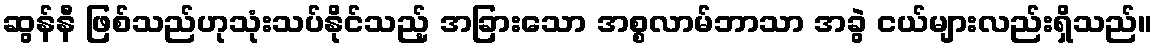
ဆွန်နီ ဖြစ်သည်ဟုသုံးသပ်နိုင်သည့် အခြားသော အစ္စလာမ်ဘာသာ အခွဲ ငယ်များလည်းရှိသည်။